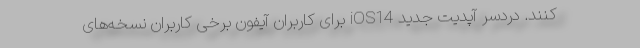
کنند. دردسر آپدیت جدید iOS14 برای کاربران آیفون برخی کاربران نسخه‌های